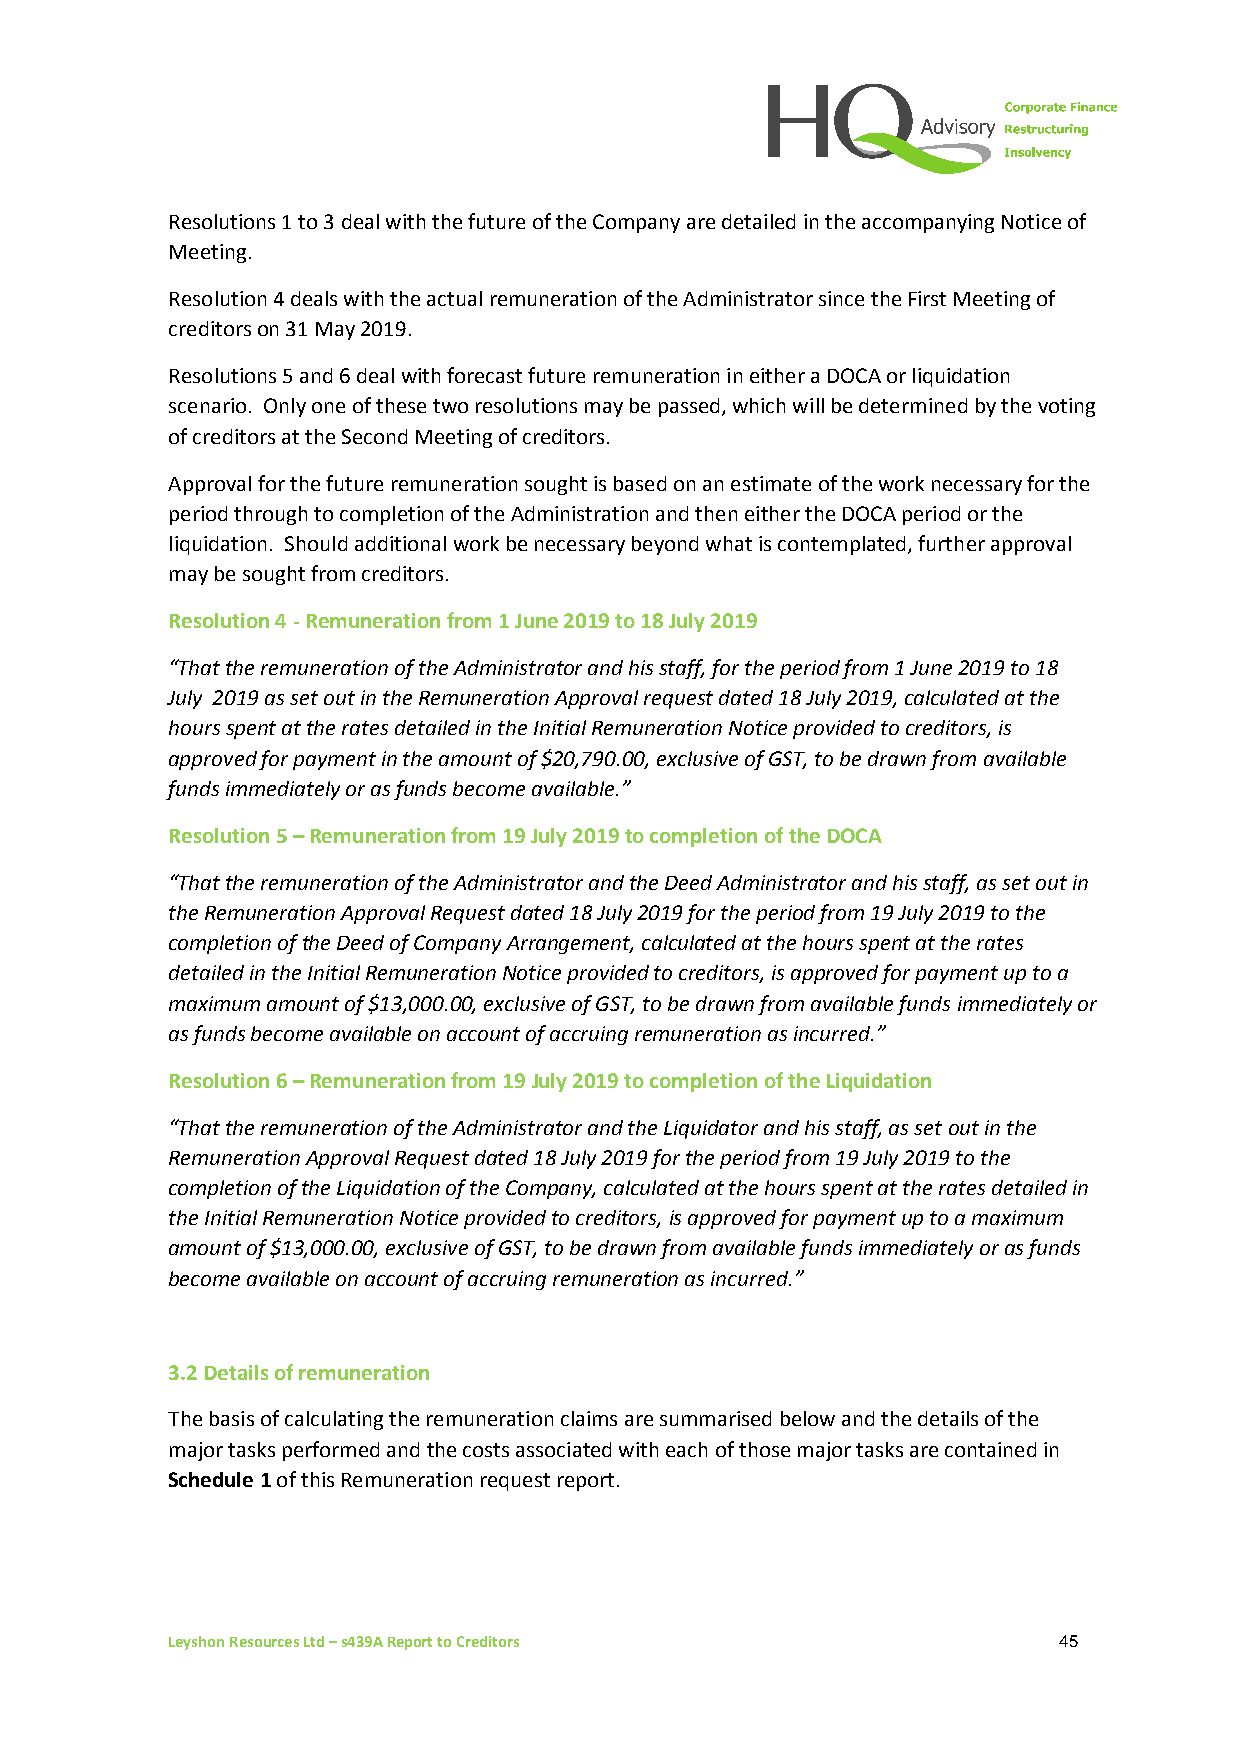
Resolutions 1 to 3 deal with the future of the Company are detailed in the accompanying Notice of
 Meeting.
 Resolution 4 deals with the actual remuneration of the Administrator since the First Meeting of
 creditors on 31 May 2019.
 Resolutions 5 and 6 deal with forecast future remuneration in either a DOCA or liquidation
 scenario. Only one of these two resolutions may be passed, which will be determined by the voting
 of creditors at the Second Meeting of creditors.
 Approval for the future remuneration sought is based on an estimate of the work necessary for the
 period through to completion of the Administration and then either the DOCA period or the
 liquidation. Should additional work be necessary beyond what is contemplated, further approval
 may be sought from creditors.
 Resolution 4 - Remuneration from 1 June 2019 to 18 July 2019
 “That the remuneration of the Administrator and his staff, for the period from 1 June 2019 to 18
 July 2019 as set out in the Remuneration Approval request dated 18 July 2019, calculated at the
 hours spent at the rates detailed in the Initial Remuneration Notice provided to creditors, is
 approved for payment in the amount of $20,790.00, exclusive of GST, to be drawn from available
 funds immediately or as funds become available.”
 Resolution 5 – Remuneration from 19 July 2019 to completion of the DOCA
 “That the remuneration of the Administrator and the Deed Administrator and his staff, as set out in
 the Remuneration Approval Request dated 18 July 2019 for the period from 19 July 2019 to the
 completion of the Deed of Company Arrangement, calculated at the hours spent at the rates
 detailed in the Initial Remuneration Notice provided to creditors, is approved for payment up to a
 maximum amount of $13,000.00, exclusive of GST, to be drawn from available funds immediately or
 as funds become available on account of accruing remuneration as incurred.”
 Resolution 6 – Remuneration from 19 July 2019 to completion of the Liquidation
 “That the remuneration of the Administrator and the Liquidator and his staff, as set out in the
 Remuneration Approval Request dated 18 July 2019 for the period from 19 July 2019 to the
 completion of the Liquidation of the Company, calculated at the hours spent at the rates detailed in
 the Initial Remuneration Notice provided to creditors, is approved for payment up to a maximum
 amount of $13,000.00, exclusive of GST, to be drawn from available funds immediately or as funds
 become available on account of accruing remuneration as incurred.”
 3.2 Details of remuneration
 The basis of calculating the remuneration claims are summarised below and the details of the
 major tasks performed and the costs associated with each of those major tasks are contained in
 Schedule 1 of this Remuneration request report.
 Leyshon Resources Ltd – s439A Report to Creditors          45